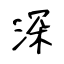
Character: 深